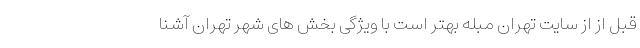
قبل از از سایت تهران مبله بهتر است با ویژگی بخش های شهر تهران آشنا